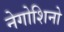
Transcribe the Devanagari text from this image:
नेगोशिनो